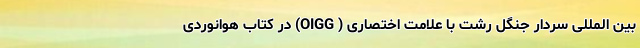
بین المللی سردار جنگل رشت با علامت اختصاری ( OIGG) در کتاب هوانوردی